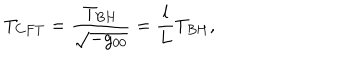
T _ { C F T } = \frac { T _ { B H } } { \sqrt { - g _ { 0 0 } } } = \frac { l } { L } T _ { B H } ,